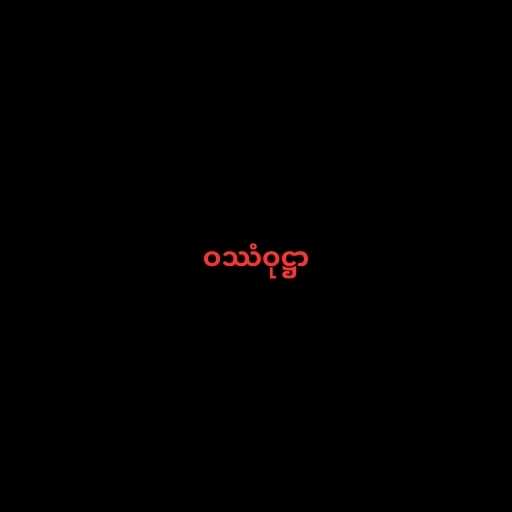
ဝဿံဝုဋ္ဌာ